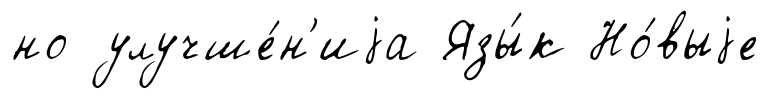
но улучше́н'иjа Язы́к Но́выjе